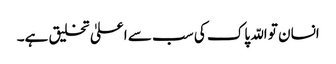
انسان تو اللّہ پاک کی سب سے اعلیٰ تخلیق ہے۔